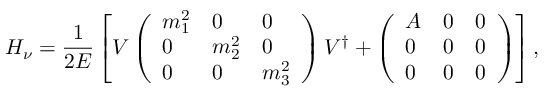
{ \cal H } _ { \nu } = \frac { 1 } { 2 E } \left[ V \left( \begin{array} { l l l } { { m _ { 1 } ^ { 2 } } } & { { 0 } } & { { 0 } } \\ { { 0 } } & { { m _ { 2 } ^ { 2 } } } & { { 0 } } \\ { { 0 } } & { { 0 } } & { { m _ { 3 } ^ { 2 } } } \end{array} \right) V ^ { \dagger } + \left( \begin{array} { l l l } { { A } } & { { 0 } } & { { 0 } } \\ { { 0 } } & { { 0 } } & { { 0 } } \\ { { 0 } } & { { 0 } } & { { 0 } } \end{array} \right) \right] ,